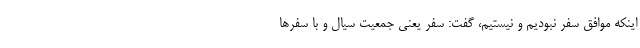
اینکه موافق سفر نبودیم و نیستیم، گفت: سفر یعنی جمعیت سیال و با سفرها